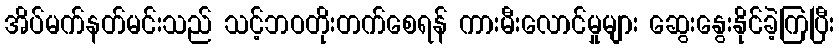
အိပ်မက်နတ်မင်းသည် သင့်ဘဝတိုးတက်စေရန် ကားမီးလောင်မှုများ ဆွေးနွေးနိုင်ခဲ့ကြပြီး